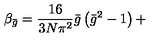
\beta _ { \bar { g } } = \frac { 1 6 } { 3 N \pi ^ { 2 } } \bar { g } \left( \bar { g } ^ { 2 } - 1 \right) +